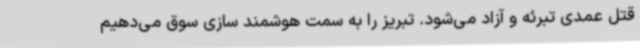
قتل عمدی تبرئه و آزاد می‌شود. تبریز را به سمت هوشمند سازی سوق می‌دهیم